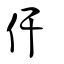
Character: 仠